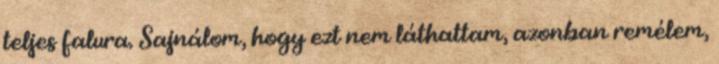
teljes falura. Sajnálom, hogy ezt nem láthattam, azonban remélem,